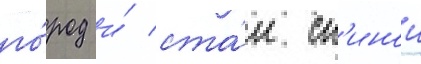
го́род и́ ста́л сп'инои